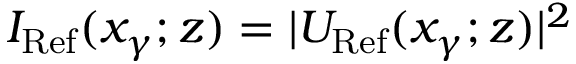
I _ { \mathrm { R e f } } ( x _ { \gamma } ; z ) = | U _ { \mathrm { R e f } } ( x _ { \gamma } ; z ) | ^ { 2 }